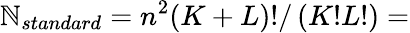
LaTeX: {{\mathbb{N}}_{standard}}={{n}^{2}}(K+L)!/\left(K!L!\right)=